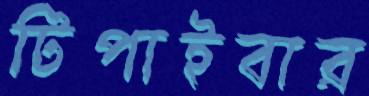
টিপাইবার